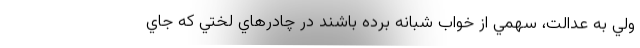
ولي به عدالت، سهمي از خواب شبانه برده باشند در چادرهاي لختي كه جاي